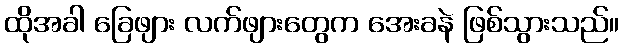
ထိုအခါ ခြေဖျား လက်ဖျားတွေက အေးခနဲ ဖြစ်သွားသည်။